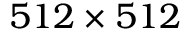
5 1 2 \times 5 1 2